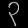
Digit: ၃